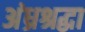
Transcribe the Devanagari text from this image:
अंध्रश्रद्धा